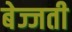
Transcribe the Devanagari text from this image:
बेज्जती